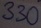
Text: 330